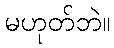
မဟုတ်ဘဲ။